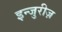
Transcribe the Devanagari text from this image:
इन्जुरीज़